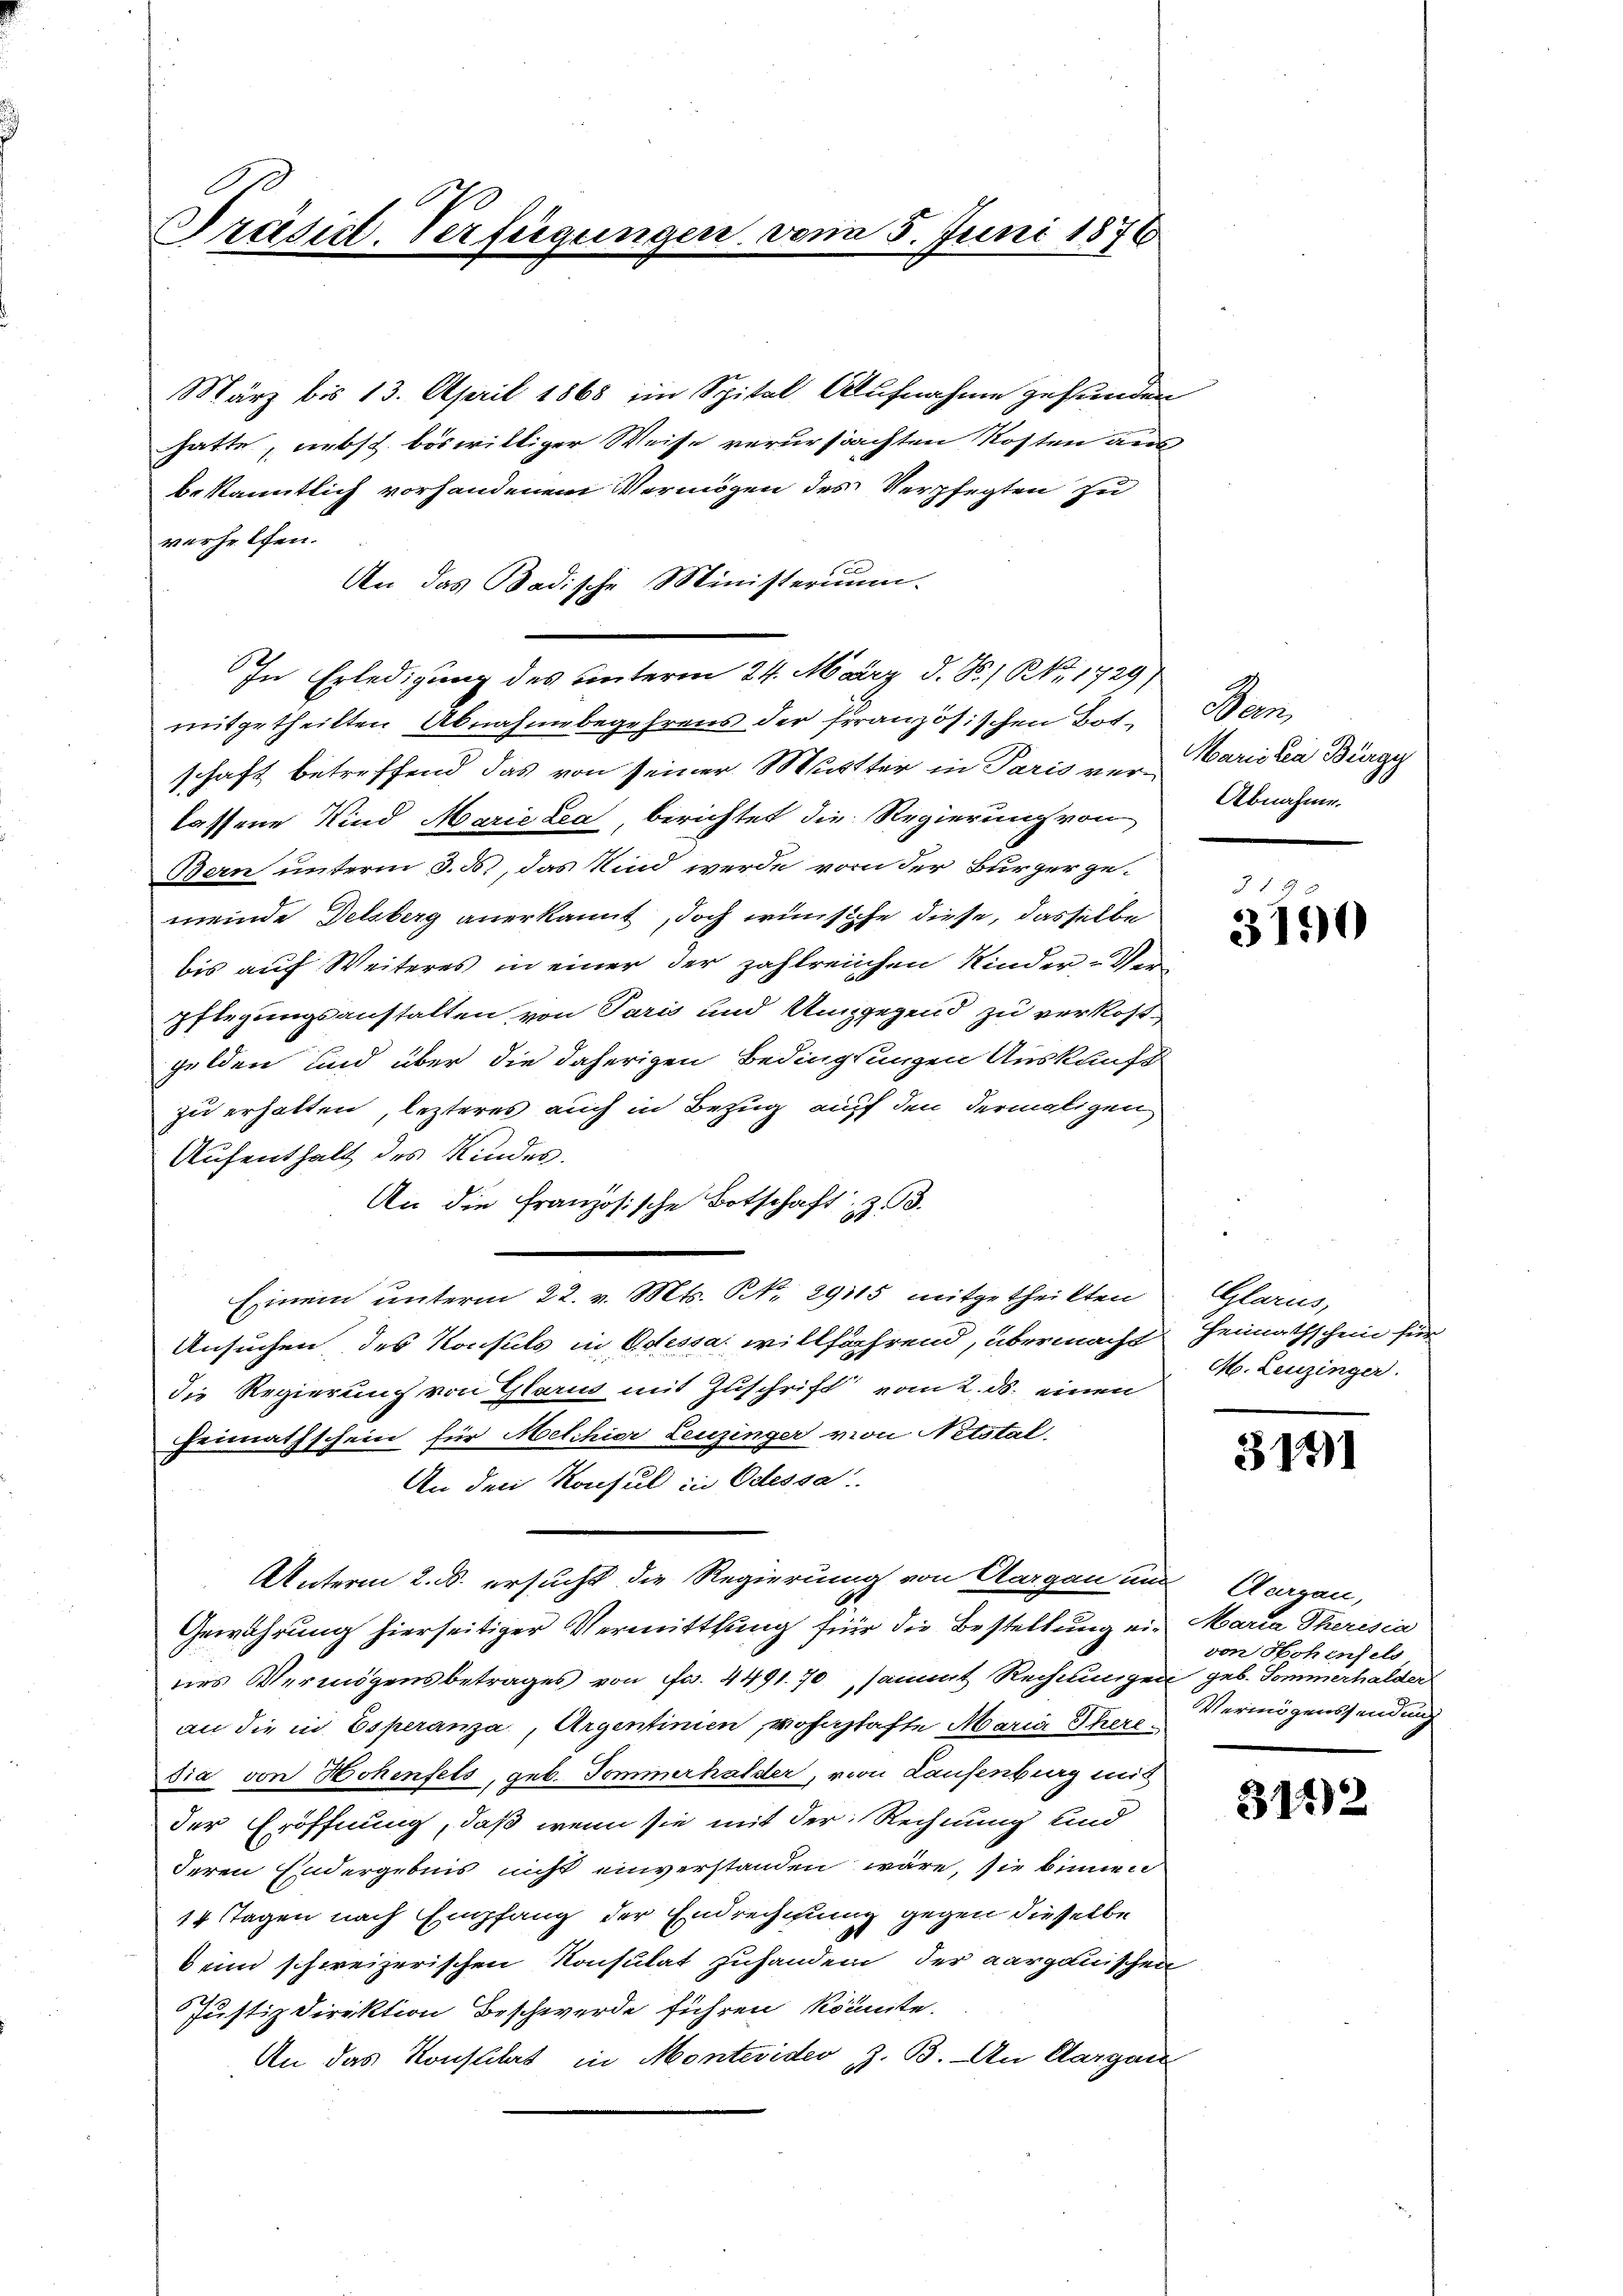
Präsict. Verfügungen vom 5. Juni 1876

März bis 13. April 1868 im Spital Aufnahme gefunden
hatte, nebst böswilliger Weise verursachten Kosten aus-
bekanntlich vorhandenem Vermögen des Verpfegten zu
verhelfen.
An das Badische Ministerium.
In Erledigung des unterm 24. März d. S. Nr. 1729)
mitgetheilten Abnahme begehrens der französischen Bot. Bern,
schaft betreffend das von seiner Mutter in Paris ver- Marielia Bürge
lassene Kind Marie zea, berichtet die Regierung von
Bern unterm 3. d., das Kind werde vom der Bürger ge-
meinde Delsberg anerkannt, doch wünsche diese, dasselbe
bis auf Weiteres in einer der zahlreichen Kinder Verpflegungsanstalten von Paris und Umzgegend zu verkostgelden und über die daherigen Bedingsungen Auskauft
zu erhalten, lezteres auch in Bezug auf den dermaligen
Aufenthalt des Kindes.
An die Französische Botschaft, z. B.
Einem unterm 22. v. Mts. NNo. 29115 mitgetheilten
Ansuchen des Konsuls in Odessa willfährend, übermacht Heimathschein für
die Regierung von Glarus mit Zuschrift vom 2. ds. einen
Heimathschein für Melchior Leuzinger von Netstal
An den Konsul in Odessa
Unterm 2. d. ersucht die Regierung von Aargau und Aargau,
Gewährung hierseitiger Vermittlung für die Bestellung ein Maria Theresia
nes Vermögensbetrages von Fr. 4491. 70, sammt Rechnungen geb. Sommerhalder
an die in Esperanza, Argentinien, wohnhafte Maria Theresia von Hohenfels, geb. Tommerhalder, von Laufenburg mit
der Eröffnung, daß wenn sie mit der Rechnung und
deren Endergebnis nicht einverstanden wäre, sie binnen
14 Tagen nach Empfang der Endrechnung gegen dieselbe
beim schweizerischen Konsulat zuhanden der aargauischen
2
Justizdirektion Beschwerde führen könnte.
An das Konstitat in Montevideo z. B. An Aargau

Abnahme.

31
3750

Glarus,
M. Leuzinger.

3191

von Hohenfels
Vermögenssendung

3122